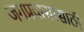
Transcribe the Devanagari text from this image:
जगप्रवासासाठी